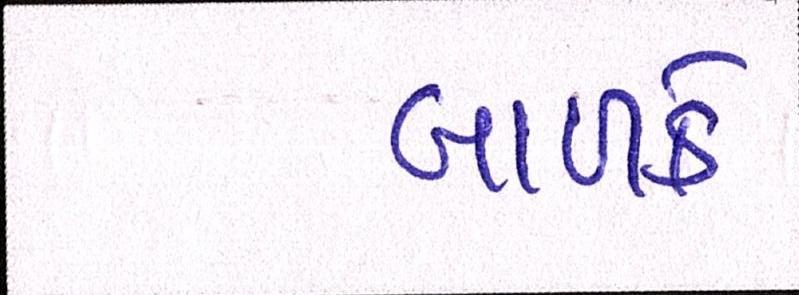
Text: બાળકે